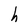
Character: h